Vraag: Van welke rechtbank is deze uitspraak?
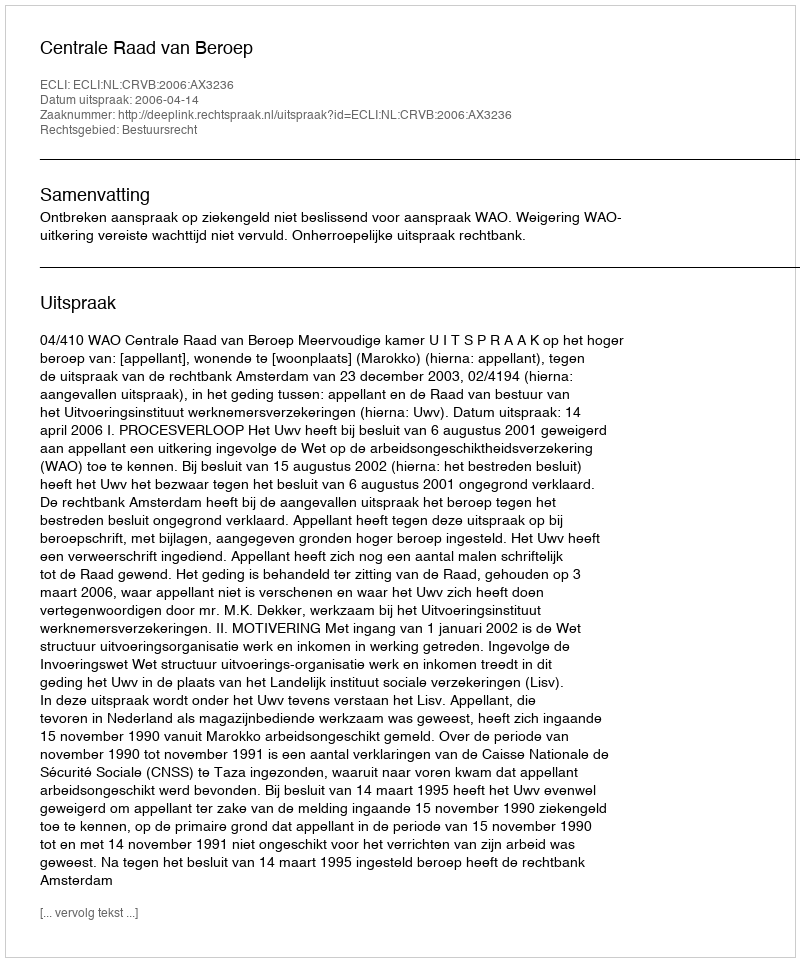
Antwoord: Centrale Raad van Beroep